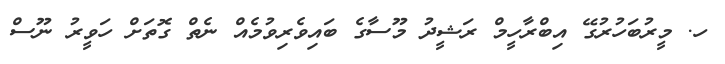
ހ. މީރުބަހުރުގޭ އިބްރާހީމް ރަޝީދު މޫސާގެ ބައިވެރިވުމެއް ނެތް ގޮތަށް ހަވީރު ނޫސް